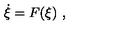
\dot { \xi } = F ( \xi ) \ ,